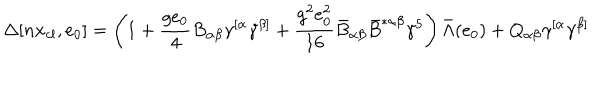
\Delta [ n x _ { c l } , e _ { 0 } ] = \left( 1 + \frac { g e _ { 0 } } { 4 } B _ { \alpha \beta } \gamma ^ { [ \alpha } \gamma ^ { \beta ] } + \frac { g ^ { 2 } e _ { 0 } ^ { 2 } } { 1 6 } \bar { B } _ { \alpha \beta } \bar { B } ^ { * \alpha \beta } \gamma ^ { 5 } \right) \bar { \Lambda } ( e _ { 0 } ) + Q _ { \alpha \beta } \gamma ^ { [ \alpha } \gamma ^ { \beta ] }